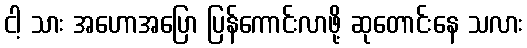
ငါ့ သား အဟောအပြော ပြန်ကောင်းလာဖို့ ဆုတောင်းနေ သလား